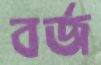
বর্জ